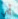
أي